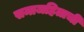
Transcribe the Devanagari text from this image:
समाजहिताची